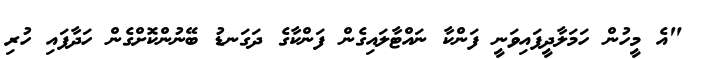
"އެ މީހުން ހަމަލާދީފައިވަނީ ފަންކާ ނައްޓާލައިގެން ފަންކާގެ ދަގަނޑު ބޭނުންކޮށްގެން ހަދާފައި ހުރި